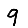
Digit: 9